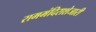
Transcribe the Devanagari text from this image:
राममंदिराशेजारी